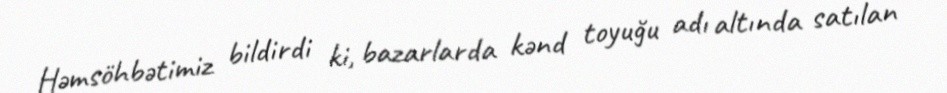
Həmsöhbətimiz bildirdi ki, bazarlarda kənd toyuğu adı altında satılan